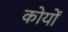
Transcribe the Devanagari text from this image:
कोयों